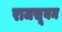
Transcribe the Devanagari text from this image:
राजसूयम